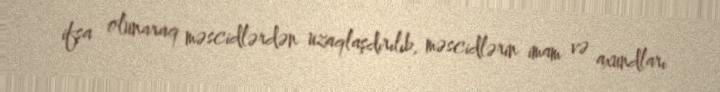
ifşa olunaraq məscidlərdən uzaqlaşdırılıb, məscidlərin imam və axundları